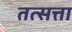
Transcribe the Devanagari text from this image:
तत्सत्ता